Sketch of the medical history of the native army of Bombay, for the year
Year: 1875
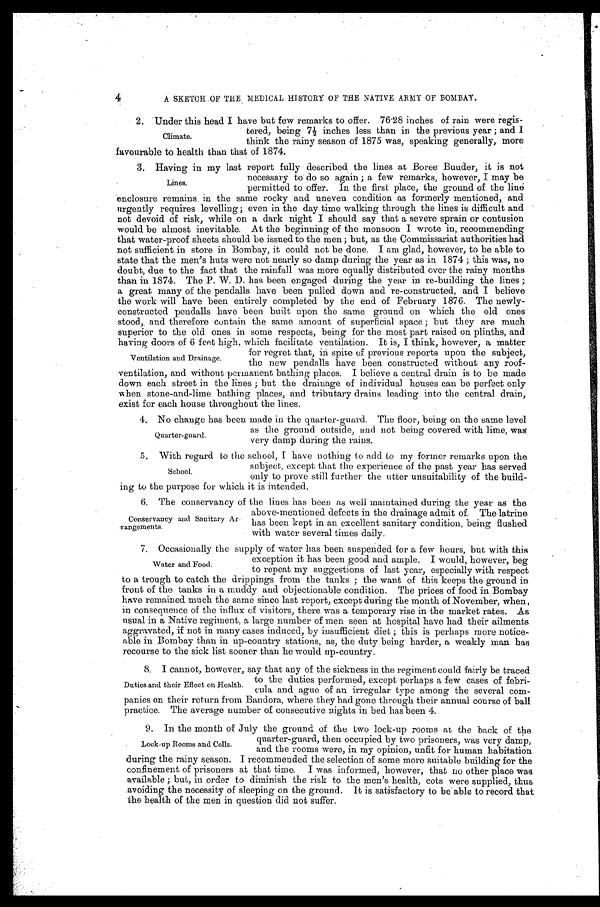
4
A SKETCH OF THE MEDICAL HISTORY OF THE NATIVE ARMY OF BOMBAY.
2. Under this head I have but few remarks to offer. 76.28 inches of rain were regis
-
tered, being 7½ inches less than in the previous year; and I
think the rainy season of 1875 was, speaking generally, more
favourable to health than that of 1874.
3. Having in my last report fully described the lines at Boree Buuder, it is not
necessary to do so again; a few remarks, however, I may be
permitted to offer. In the first place, the ground of the line
enclosure remains in the same rocky and uneven condition as formerly mentioned, and
urgently requires levelling; even in the day time walking through the lines is difficult and
not devoid of risk, while on a dark night I should say that a severe sprain or contusion
would be almost inevitable. At the beginning of the monsoon I wrote in, recommending
that water-proof sheets should be issued to the men; but, as the Commissariat authorities had
not sufficient in store in Bombay, it could not be done. I am glad, however, to be able to
state that the men's huts were not nearly so damp during the year as in 1874; this was, no
doubt, due to the fact that the rainfall was more equally distributed over the rainy months
than in 1874. The P. W. D. has been engaged during the year in re-building the lines;
a great many of the pendalls have been pulled down and re-constructed, and I believe
the work will have been entirely completed by the end of February 1876. The newly
-
constructed pendalls have been built upon the same ground on which the old ones
stood, and therefore contain the same amount of superficial space; but they are much
superior to the old ones in some respects, being for the most part raised on plinths, and
having doors of 6 feet high, which facilitate ventilation. It is, I think, however, a matter
for regret that, in spite of previous reports upon the subject,
the new pendalls have been constructed without any roof
-
ventilation, and without permanent bathing places. I believe a central drain is to be made
down each street in the lines; but the drainage of individual houses can be perfect only
when stone-and-lime bathing places, and tributary drains leading into the central drain,
exist for each house throughout the lines.
4 . N o c h a n g e h a s b e e n m a d e i n t h e q u a r t e r - g u a r d . T h e f l o o r , b e i n g o n t h e s a m e l e v e l
as the ground outside, and not being covered with lime, was
very damp during the rains.
5 . W i t h r e g a r d t o t h e s c h o o l , I h a v e n o t h i n g t o a d d t o m y f o r m e r r e m a r k s u p o n t h e
subject, except that the experience of the past year has served
only to prove still further the utter unsuitability of the build
-
ing to the purpose for which it is intended.
6 . T h e c o n s e r v a n c y o f t h e l i n e s h a s b e e n a s w e l l m a i n t a i n e d d u r i n g t h e y e a r a s t h e
above-mentioned defects in the drainage admit of. The latrine
has been kept in an excellent sanitary condition, being flushed
with water several times daily.
7. Occasionally the supply of water has been suspended for a few hours, but with this
exception it has been good and ample. I would, however, beg
to repeat my suggestions of last year, especially with respect
to a trough to catch the drippings from the tanks; the want of this keeps the ground in
front of the tanks in a muddy and objectionable condition. The prices of food in Bombay
have remained much the same since last report, except during the month of November, when,
in consequence of the influx of visitors, there was a temporary rise in the market rates. As
usual in a Native regiment, a large number of men seen at hospital have had their ailments
aggravated, if not in many cases induced, by insufficient diet; this is perhaps more notice
-
able in Bombay than in up-country stations, as, the duty being harder, a weakly man has
recourse to the sick list sooner than he would up-country.
8. I cannot, however, say that any of the sickness in the regiment could fairly be traced
to the duties performed, except perhaps a few cases of febri
-
cula and ague of an irregular type among the several com
-
panies on their return from Bandora, where they had gone through their annual course of ball
practice. The average number of consecutive nights in bed has been 4.
9. In the month of July the ground of the two lock-up rooms at the back of the
quarter-guard, then occupied by two prisoners, was very damp,
and the rooms were, in my opinion, unfit for human habitation
during the rainy season. I recommended the selection of some more suitable building for the
confinement of prisoners at that time. I was informed, however, that no other place was
available; but, in order to diminish the risk to the men's health, cots were supplied, thus
avoiding the necessity of sleeping on the ground. It is satisfactory to be able to record that
the health of the men in question did not suffer.
Climate.
Lines.
Ventilation and Drainage.
Quarter-guard.
School.
Conservancy and Sanitary Ar
-
rangements.
Water and Food.
Duties and their Effect on Health.
Lock-up Rooms and Cells.